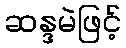
ဆန္ဒမဲဖြင့်